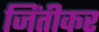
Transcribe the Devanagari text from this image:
जिंतीकर